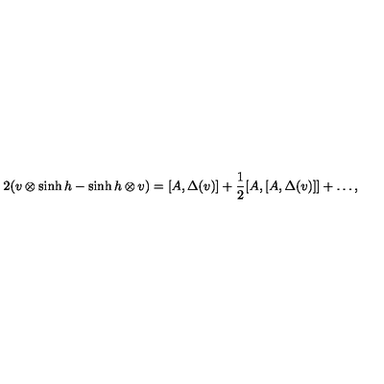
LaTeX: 2 ( v \otimes \sinh h - \sinh h \otimes v ) = [ A , \Delta ( v ) ] + \frac { 1 } { 2 } [ A , [ A , \Delta ( v ) ] ] + \ldots ,